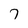
Character: 7